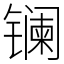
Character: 镧